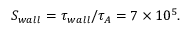
S _ { w a l l } = \tau _ { w a l l } / \tau _ { A } = 7 \times 1 0 ^ { 5 } .